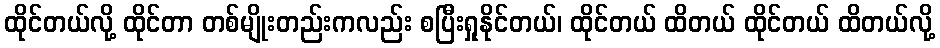
ထိုင်တယ်လို့ ထိုင်တာ တစ်မျိုးတည်းကလည်း စပြီးရှုနိုင်တယ်၊ ထိုင်တယ် ထိတယ် ထိုင်တယ် ထိတယ်လို့